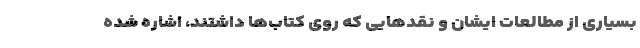
بسیاری از مطالعات ایشان و نقدهایی که روی کتاب‌ها داشتند،‌ اشاره شده